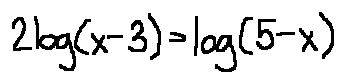
2 \log ( x - 3 ) = \log ( 5 - x )